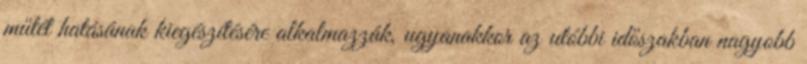
műtét hatásának kiegészítésére alkalmazzák, ugyanakkor az utóbbi időszakban nagyobb